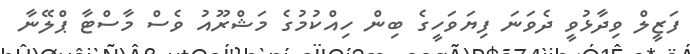
ފަޒީލް ވިދާޅުވީ ދެވަނަ ފިޔަވަހީގެ ބިން ހިއްކުމުގެ މަޝްރޫއު ވެސް މާސްޓާ ޕްލޭނާ